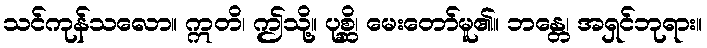
သင်ကုန်သလော။ ဣတိ၊ ဤသို့။ ပုစ္ဆိ၊ မေးတော်မူ၏။ ဘန္တေ၊ အရှင်ဘုရား။